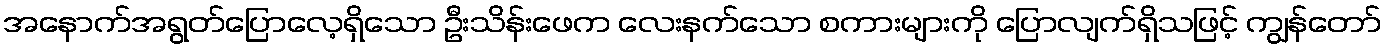
အနောက်အရွတ်ပြောလေ့ရှိသော ဦးသိန်းဖေက လေးနက်သော စကားများကို ပြောလျက်ရှိသဖြင့် ကျွန်တော်